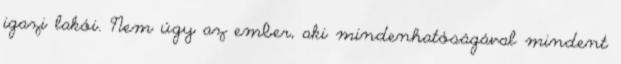
igazi lakói. Nem úgy az ember, aki mindenhatóságával mindent